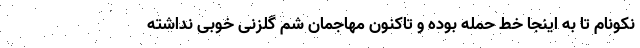
نکونام تا به اینجا خط حمله بوده و تاکنون مهاجمان شم گلزنی خوبی نداشته